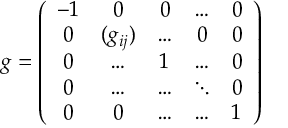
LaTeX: g = \left( \begin{array} { c c c c c } { { - 1 } } & { { 0 } } & { { 0 } } & { { \dots } } & { { 0 } } \\ { { 0 } } & { { ( g _ { i j } ) } } & { { \dots } } & { { 0 } } & { { 0 } } \\ { { 0 } } & { { \dots } } & { { 1 } } & { { \dots } } & { { 0 } } \\ { { 0 } } & { { \dots } } & { { \dots } } & { { \ddots } } & { { 0 } } \\ { { 0 } } & { { 0 } } & { { \dots } } & { { \dots } } & { { 1 } } \end{array} \right)